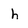
Character: h